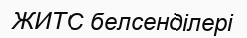
ЖИТС белсенділері